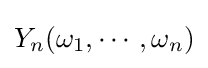
Y_{n}(\omega _{1},\cdots ,\omega _{n})